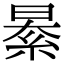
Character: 𦀤